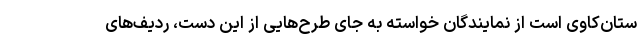
ستان‌کاوی است از نمایندگان خواسته به جای طرح‌هایی از این دست، ردیف‌های